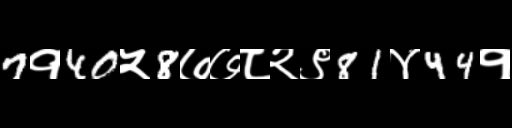
Text: 7१40५8७७८२९81४44१